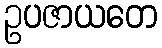
ဥပဇာယတေ